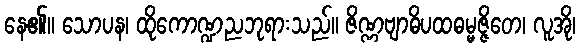
နေ၏။ သောပန၊ ထိုကောဏ္ဍညဘုရားသည်။ ဇိဏ္ဏဗျာဓိပထဓမ္မဇ္ဇိတေ၊ လူအို၊